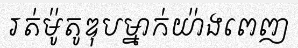
រត់ម៉ូតូឌុបម្នាក់យ៉ាងពេញ